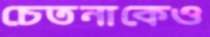
চেতনাকেও